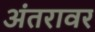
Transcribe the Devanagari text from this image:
अंतरावर